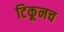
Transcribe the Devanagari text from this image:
टिकूनच